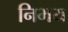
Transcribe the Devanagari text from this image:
निभय